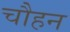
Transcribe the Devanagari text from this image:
चौहन